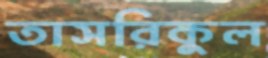
তাসরিকুল